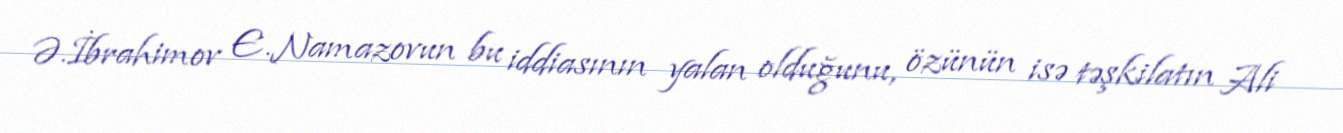
Ə.İbrahimov E.Namazovun bu iddiasının yalan olduğunu, özünün isə təşkilatın Ali